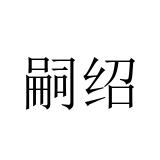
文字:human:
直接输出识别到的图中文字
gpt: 嗣绍